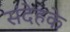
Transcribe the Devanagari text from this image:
संदेहके